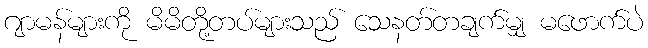
ဂျာမန်များကို မိမိတို့တပ်များသည် သေနတ်တချက်မျှ မဖောက်ပဲ